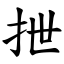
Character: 抴